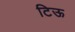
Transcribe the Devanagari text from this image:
टिऊ